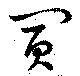
買